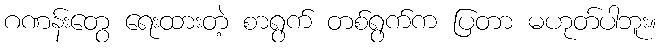
ဂဏန်းတွေ ရေးထားတဲ့ စာရွက် တစ်ရွက်က ပြတာ မဟုတ်ပါဘူး။